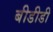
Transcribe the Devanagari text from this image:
बीडीडी